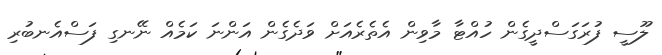
ލޫސީ ފުރަގަސްދީގެން ހުއްޓާ މާވިން އެތެރެއަށް ވަދެގެން އަންނަ ކަމެއް ނޭނގި ފަސްއެނބުރި